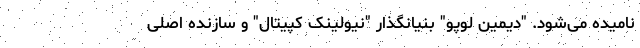
نامیده می‌شود. "دیمین لوپو" بنیانگذار "نیولینک کپیتال" و سازنده اصلی